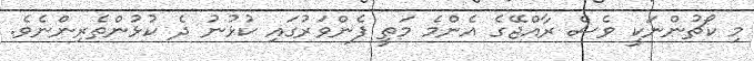
މި ކޯޗުންނަކީ ވެސް ރާއްޖޭގެ އެންމެ މަތީ ފެންވަރުގައި ކުޅުނު ދެ ކުޅުންތެރިންނެވެ.